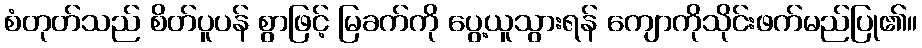
စံတုတ်သည် စိတ်ပူပန် စွာဖြင့် မြခက်ကို ပွေ့ယူသွားရန် ကျောကိုသိုင်းဖက်မည်ပြု၏။